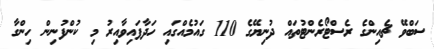
ސަބްވޭ ޗެއިންގެ ރެސްޓޯރެންޓުތައް ދުނިޔޭގެ 110 ގައުމެއްގައި ހަދާފައިވާއިރު މި ކުންފުނިން ހިންގާ